Lunatic asylums Central Provinces reports 1895-1909 - 1895-1909
Year: 1895
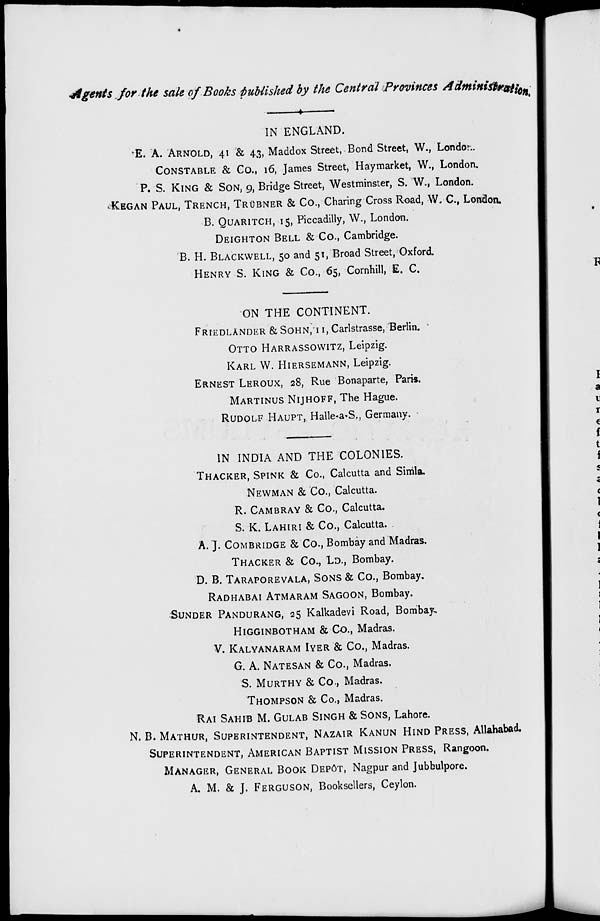
Agents for the sale of Books published by the Central Provinces Administration.
IN ENGLAND.
E. A. ARNOLD, 41 & 43, Maddox Street, Bond Street, W., London.
CONSTABLE & Co., 16, James Street, Haymarket, W., London.
P. S. KING & SON, 9, Bridge Street, Westminster, S. W., London.
KEGAN PAUL, TRENCH, TRUBNER & Co., Charing Cross Road, W. C., London.
B. QUARITCH, 15, Piccadilly, W., London.
DEIGHTON BELL & Co., Cambridge.
B. H. BLACKWELL, 50 and 51, Broad Street, Oxford.
HENRY S. KING & Co., 65, Cornhill, E. C.
ON THE CONTINENT.
FRIEDLANDER & SOHN, 11, Carlstrasse, Berlin.
OTTO HARRASSOWITZ, Leipzig.
KARL W. HIERSEMANN, Leipzig.
ERNEST LEROUX, 28, Rue Bonaparte, Paris.
MARTINUS NIJHOFF, The Hague.
RUDOLF HAUPT, Halle-a-S., Germany.
IN INDIA AND THE COLONIES.
THACKER, SPINK & Co., Calcutta and Simla.
NEWMAN & Co., Calcutta.
R. CAMBRAY & Co., Calcutta.
S. K. LAHIRI & Co., Calcutta.
A. J. COMBRIDGE & Co., Bombay and Madras.
THACKER & Co., LD., Bombay.
D. B. TARAPOREVALA, SONS & Co., Bombay.
RADHABAI ATMARAM SAGOON, Bombay.
SUNDER PANDURANG, 25 Kalkadevi Road, Bombay.
HlGGINBOTHAM & Co., Madras.
V. KALYANARAM IYER & Co., Madras.
G. A. NATESAN & Co., Madras.
S. MURTHY & Co., Madras.
THOMPSON & Co., Madras.
RAI SAHIB M. GULAB SINGH & SONS, Lahore.
N. B. MATHUR, SUPERINTENDENT, NAZAIR KANUN HIND PRESS, Allahabad.
SUPERINTENDENT, AMERICAN BAPTIST MISSION PRESS, Rangoon.
MANAGER, GENERAL BOOK DEPÔT, Nagpur and Jubbulpore.
A. M. & J. FERGUSON, Booksellers, Ceylon.